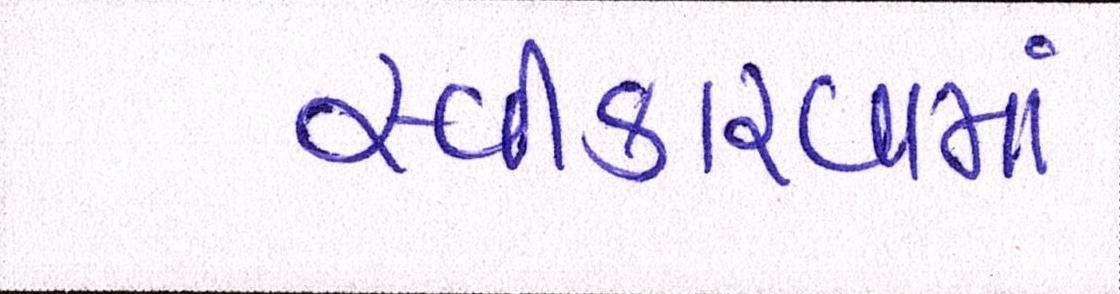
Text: સ્વીકારવામાં